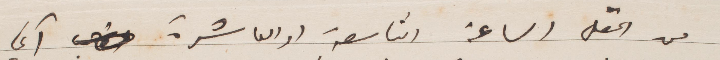
من الحقل الساعة التاسعة او العاشرة آتي